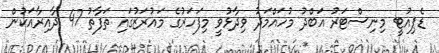
ޑެޕިއުޓީ މިނިސްޓަރު އަބްދު މުހައްމަދު ވިދާޅުވީ މިފަހަރުގެ މައުރަޒުގައި ތަފާތު 47 ދާއިރާއަކުން